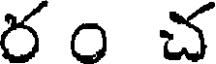
ర ం చ